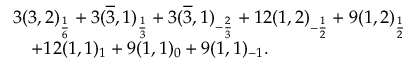
\begin{array} { l } { { 3 ( 3 , 2 ) _ { \frac { 1 } { 6 } } + 3 ( \overline { { { 3 } } } , 1 ) _ { \frac { 1 } { 3 } } + 3 ( \overline { { { 3 } } } , 1 ) _ { - \frac { 2 } { 3 } } + 1 2 ( 1 , 2 ) _ { - \frac { 1 } { 2 } } + 9 ( 1 , 2 ) _ { \frac { 1 } { 2 } } } } \\ { { \ \ \ + 1 2 ( 1 , 1 ) _ { 1 } + 9 ( 1 , 1 ) _ { 0 } + 9 ( 1 , 1 ) _ { - 1 } . } } \end{array}